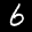
Label: 6